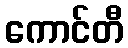
ကောင်တီ